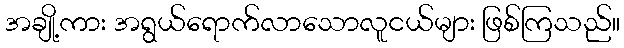
အချို့ကား အရွယ်ရောက်လာသောလူငယ်များ ဖြစ်ကြသည်။